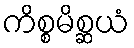
ကိစ္စမိစ္ဆယံ